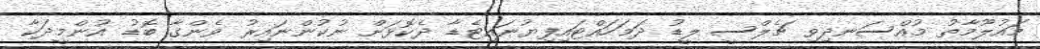
މައުލޫމާތު މުއްސަނދިވި ޗެލްސީ ލީޑު ދަމަހައްޓައިފިޔުނައިޓެޑާ ދެކޮޅަށް ނުކުންނައިރު ވެންގާ ބޮޑު އުންމީދަކާ